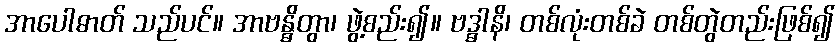
အာပေါဓာတ် သည်ပင်။ အာဗန္ဓိတွာ၊ ဖွဲ့စည်း၍။ ဗဒ္ဓါနိ၊ တစ်လုံးတစ်ခဲ တစ်တွဲတည်းဖြစ်၍